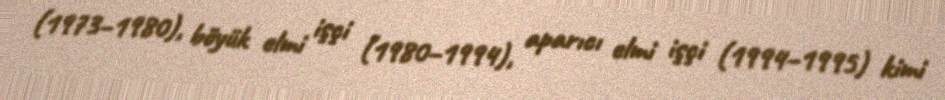
(1973–1980), böyük elmi işçi (1980–1994), aparıcı elmi işçi (1994–1995) kimi